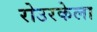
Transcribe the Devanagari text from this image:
रोउरकेला